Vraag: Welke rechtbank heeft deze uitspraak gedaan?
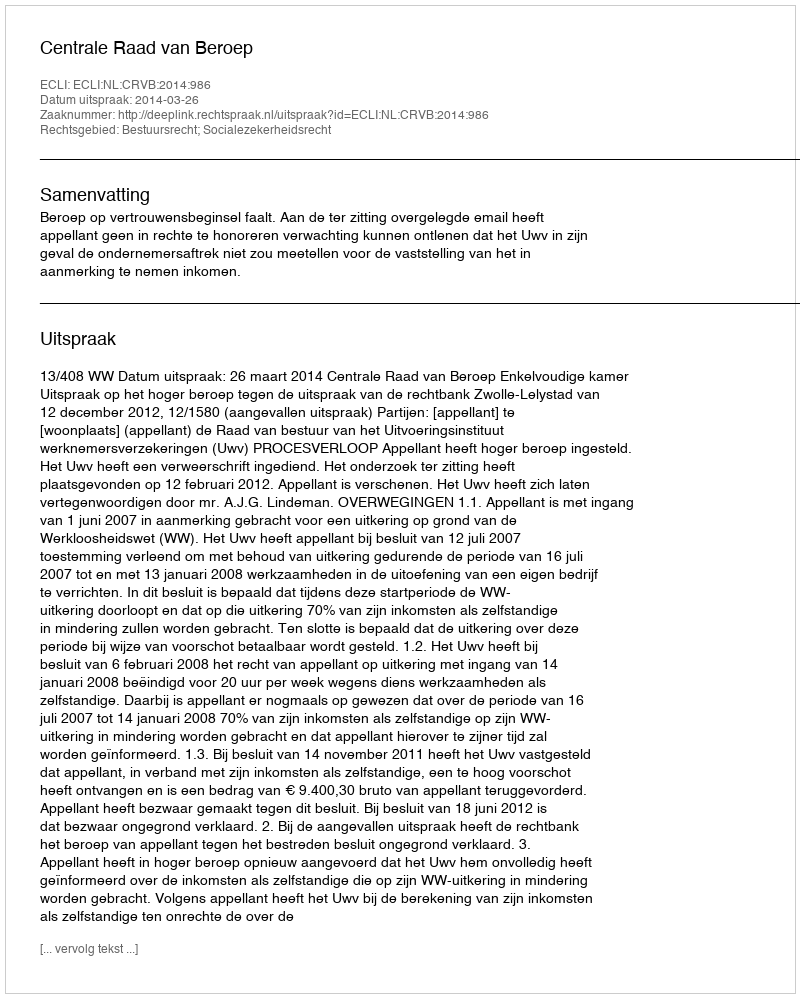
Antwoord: Centrale Raad van Beroep